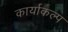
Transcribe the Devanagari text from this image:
कार्याकल्प